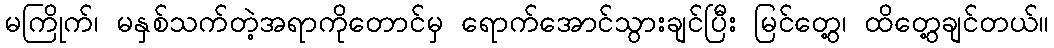
မကြိုက်၊ မနှစ်သက်တဲ့အရာကိုတောင်မှ ရောက်အောင်သွားချင်ပြီး မြင်တွေ့၊ ထိတွေ့ချင်တယ်။